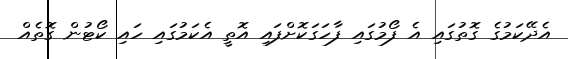
އެދޭކަމުގެ ގޮތުގައި އެ ފޯމުގައި ފާހަގަކޮށްފައި އޮތީ އެކަމުގައި ހައި ކޯޓުން ގޮތެއް